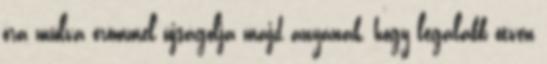
óra múlva örömmel újságolja majd anyának, hogy legalább ötven